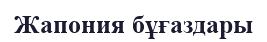
Жапония бұғаздары